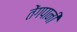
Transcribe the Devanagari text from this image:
तेंगपानी